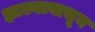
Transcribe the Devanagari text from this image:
झाल्यावाचून